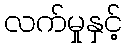
လက်မှုနှင့်